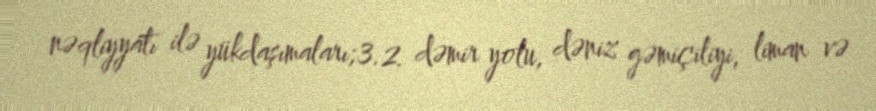
nəqliyyatı ilə yükdaşımaları;3.2. dəmir yolu, dəniz gəmiçiliyi, liman və